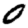
Digit: 0